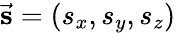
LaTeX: \vec{\mathbf{s}}=(s_{x},s_{y},s_{z})